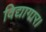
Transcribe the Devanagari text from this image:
विद्यागार।